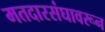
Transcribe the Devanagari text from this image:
मतदारसंघावरून